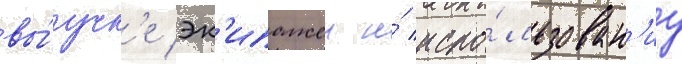
вы́учк'е эк'ипажеи и́ испо́льзован'иу